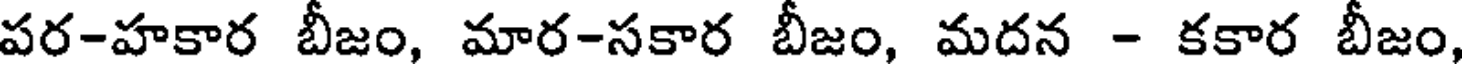
పర-హకార బీజం, మార-సకార బీజం, మదన - కకార బీజం,